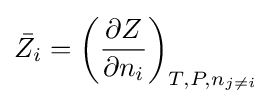
{\bar {Z_{i}}}=\left({\frac {\partial Z}{\partial n_{i}}}\right)_{T,P,n_{j\neq i}}